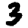
Digit: 3